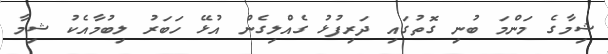
ޝިމާގެ މަންމަ ބުނި ގޮތުގައި ދަރިފުޅު ގެއްލިގެން އުޅޭ ހަބަރު ލިބުމާއެކު ޝިމާ